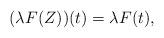
LaTeX: \begin{align*} (\lambda F(Z))(t)=\lambda F(t),\end{align*}